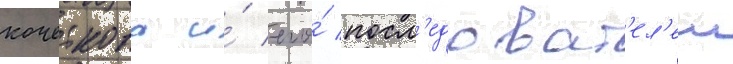
кочеткова и́ его́ посл'едоват'ел'еи